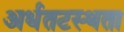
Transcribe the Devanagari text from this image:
अर्धतटस्थता